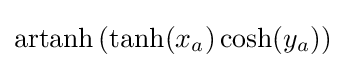
\operatorname {artanh} \left(\tanh(x_{a})\cosh(y_{a})\right)